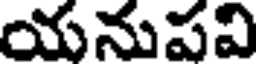
యనుపవి